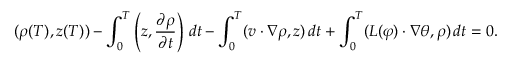
( \rho ( T ) , z ( T ) ) - \int _ { 0 } ^ { T } \left( z , \frac { \partial \rho } { \partial t } \right) \, d t - \int _ { 0 } ^ { T } ( v \cdot \nabla \rho , z ) \, d t + \int _ { 0 } ^ { T } ( L ( \varphi ) \cdot \nabla \theta , \rho ) \, d t = 0 .